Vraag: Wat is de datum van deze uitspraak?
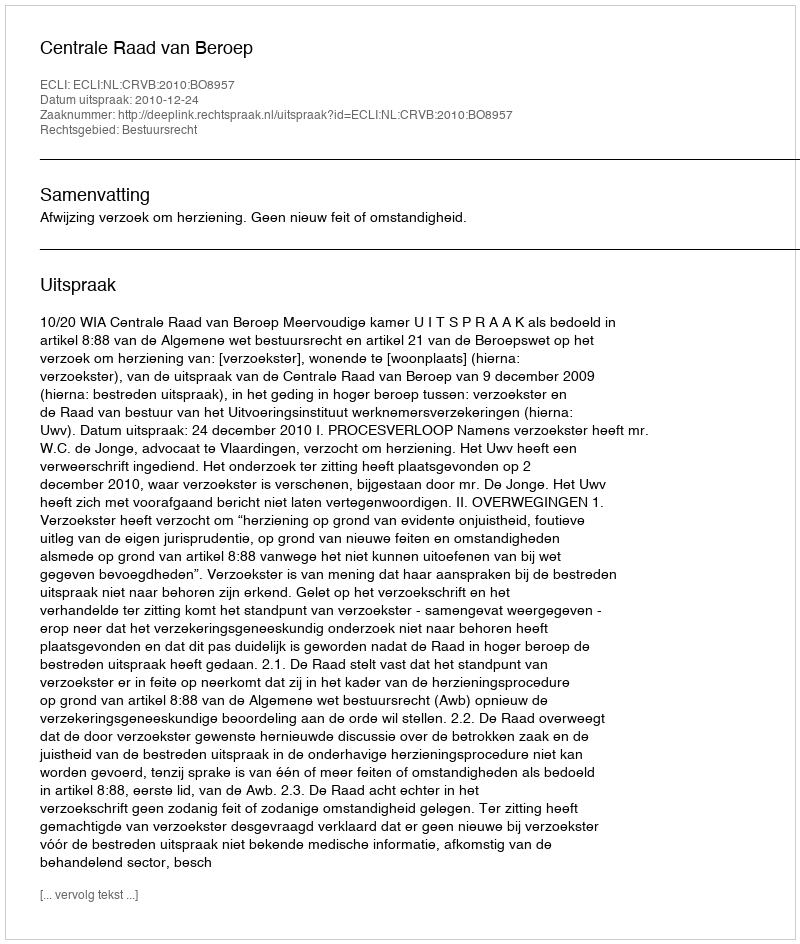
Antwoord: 2010-12-24